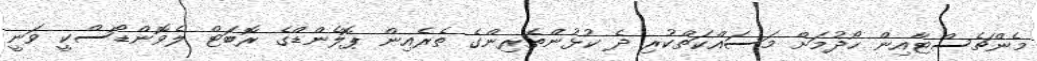
މެންޗެސްޓާއިން ހޯދުމަށް މަސައްކަތްކުރި ދެ ކުޅުންތެރިންގެ ތެރެއިން ޕޮލެންޑްގެ ރޮބަޓް ލެވޮންޑޯސްކީ ވަނީ